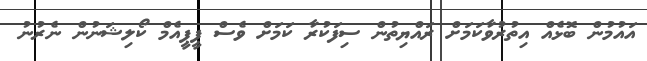
އައުމުން ބޮޅެއް އިތުރުވާކަމަށް ރައްޔިތުން ސިފަކުރާ ކަމަށް ވެސް ޕީޕީއެމް ކޯލިޝަނުން ނެރުނު